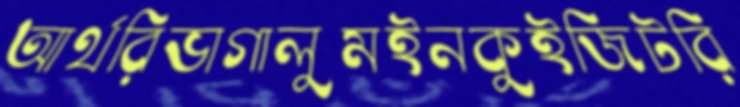
আর্থরিভাগালুমইনকুইজিটরি